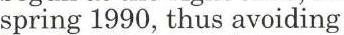
spring 1990, thus avoiding